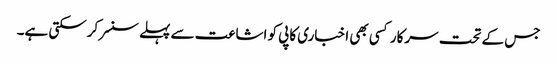
جس کے تحت سرکار کسی بھی اخباری کاپی کو اشاعت سے پہلے سنسر کرسکتی ہے۔